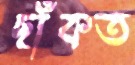
ছাঁকত